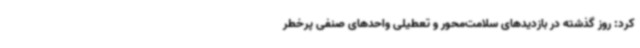
کرد: روز گذشته در بازدیدهای سلامت‌محور و تعطیلی واحدهای صنفی پرخطر